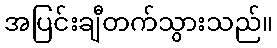
အပြင်းချီတက်သွားသည်။